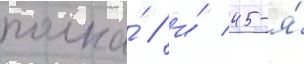
полка́ / и́ 45-я́